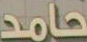
حامد